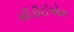
સીડીઈએમ